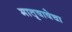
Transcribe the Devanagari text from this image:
मातृषाषेचा